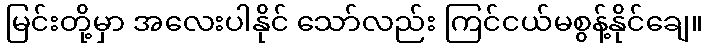
မြင်းတို့မှာ အလေးပါနိုင် သော်လည်း ကြင်ငယ်မစွန့်နိုင်ချေ။